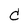
Character: C